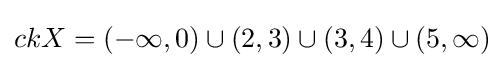
ckX=(-\infty ,0)\cup (2,3)\cup (3,4)\cup (5,\infty )